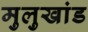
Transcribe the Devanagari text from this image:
मुलुखांड